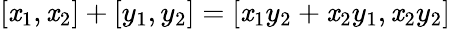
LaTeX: [\mathit{x}_{1},\mathit{x}_{2}]+[y_{1},y_{2}]=[\mathit{x}_{1}y_{2}+\mathit{x}_{2}y_{1},\mathit{x}_{2}y_{2}]